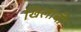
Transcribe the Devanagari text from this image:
खिलाबी